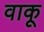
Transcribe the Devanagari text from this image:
वाकू